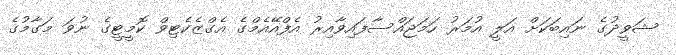
ޝަވީދުގެ ނައިބަކަށް އަލީ އުމަރު ހަމަޖައްސާފައިވާއިރު އެފްއޭއެމްގެ އެގްޒެކެޓިވް ކޮމީޓީގެ ނުވަ މަގާމުގެ